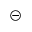
\circleddash